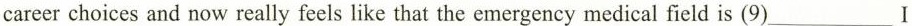
career choices and now really feels like that the emergency medical field is (9)___ I